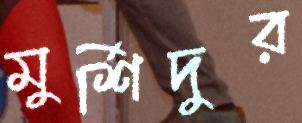
মুর্শিদুর